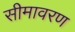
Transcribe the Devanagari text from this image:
सीमावरण